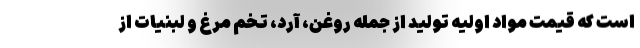
است که قیمت مواد اولیه تولید از جمله روغن، آرد، تخم مرغ و لبنیات از